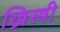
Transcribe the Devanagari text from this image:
ख्रिस्त्री